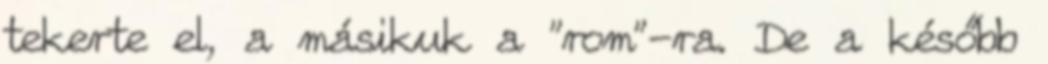
tekerte el, a másikuk a "rom"-ra. De a később